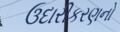
ઉદારીકરણનો